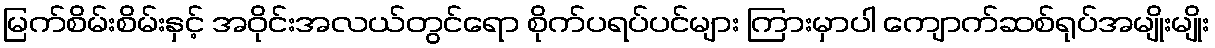
မြက်စိမ်းစိမ်းနှင့် အဝိုင်းအလယ်တွင်ရော စိုက်ပရပ်ပင်များ ကြားမှာပါ ကျောက်ဆစ်ရုပ်အမျိုးမျိုး